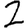
Digit: 2